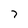
Character: 7